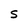
Character: 5